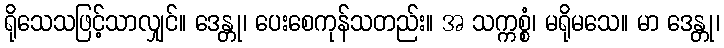
ရိုသေသဖြင့်သာလျှင်။ ဒေန္တု၊ ပေးစေကုန်သတည်း။ အ သက္ကစ္စံ၊ မရိုမသေ။ မာ ဒေန္တု၊